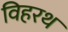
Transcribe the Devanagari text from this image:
विहरथ